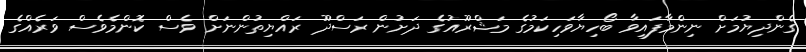
ގެންދިޔުމަށް ނިންމާފައިވާ ބޯހިޔާވަހިކަމުގެ މަޝްރޫއުގެ ދަށުން ރަސްދޫ ރައްޔިތުންނަށް ވެސް ކޮންމެވެސް ވަރެއްގެ